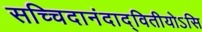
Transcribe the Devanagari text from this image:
सच्चिदानंदाद्वितीयोऽसि